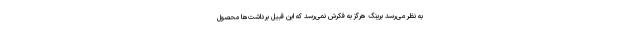
به نظر می‌رسد برینگ هرگز به فکرش نمی‌رسد که این قبیل برداشت‌ها محصول